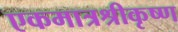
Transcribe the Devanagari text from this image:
एकमात्रश्रीकृष्ण